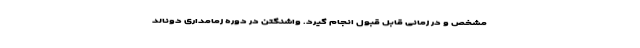
مشخص و در زمانی قابل قبول انجام گیرد. واشنگتن در دوره زمامداری دونالد